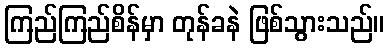
ကြည်ကြည်စိန်မှာ တုန်ခနဲ ဖြစ်သွားသည်။